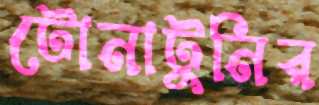
টোনাটুনির